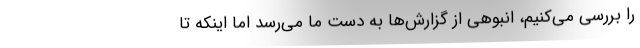
را بررسی می‌کنیم، انبوهی از گزارش‌ها به دست ما می‌رسد اما اینکه تا